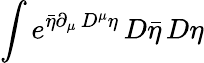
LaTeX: \int e^{{\bar{\eta}}\partial_{\mu}\, D^{\mu}\eta}\, D{\bar{\eta}}\, D\eta